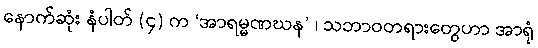
နောက်ဆုံး နံပါတ် (၄) က ‘အာရမ္မဏဃန’ ၊ သဘာဝတရားတွေဟာ အာရုံ